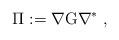
LaTeX: \begin{align*} \Pi := \nabla{\rm G}\nabla^\ast \;,\end{align*}